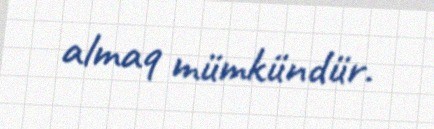
almaq mümkündür.